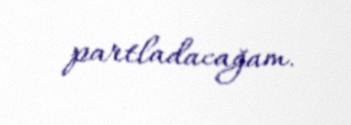
partladacağam.